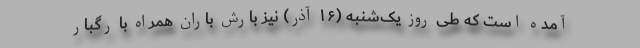
آمده است که طی روز یک‌شنبه (۱۶ آذر) نیز بارش باران همراه با رگبار